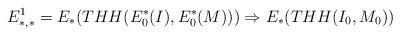
LaTeX: \begin{align*} E^1_{*,*} = E_*(THH(E_0^*(I),E_0^*(M) ))\Rightarrow E_* (THH(I_0, M_0)) \end{align*}